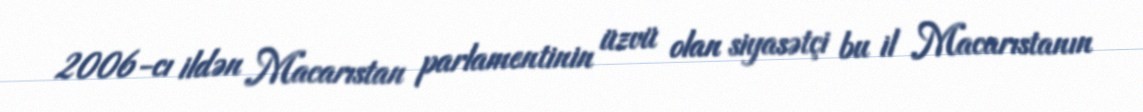
2006-cı ildən Macarıstan parlamentinin üzvü olan siyasətçi bu il Macarıstanın